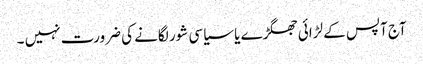
آج آپس کے لڑائی جھگڑے یا سیاسی شور لگانے کی ضرورت نہیں ۔